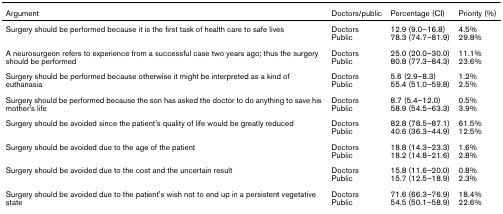
| Argument | Doctors/public | Percentage (CI) | Priority (%) |
 | --- | --- | --- | --- |
 | Surgery should be performed because it is the first task of health care to safe lives | DoctorsPublic | 12.9 (9.0–16.8)78.3 (74.7–81.9) | 4.5%29.8% |
 | A neurosurgeon refers to experience from a successful case two years ago; thus the surgery should be performed | DoctorsPublic | 25.0 (20.0–30.0)80.8 (77.3–84.3) | 11.1%23.6% |
 | Surgery should be performed because otherwise it might be interpreted as a kind of euthanasia | DoctorsPublic | 5.6 (2.9–8.3)55.4 (51.0–59.8) | 1.2%2.5% |
 | Surgery should be performed because the son has asked the doctor to do anything to save his mother's life | DoctorsPublic | 8.7 (5.4–12.0)58.9 (54.5–63.3) | 0.5%3.9% |
 | Surgery should be avoided since the patient's quality of life would be greatly reduced | DoctorsPublic | 82.8 (78.5–87.1)40.6 (36.3–44.9) | 61.5%12.5% |
 | Surgery should be avoided due to the age of the patient | DoctorsPublic | 18.8 (14.3–23.3)18.2 (14.8–21.6) | 1.6%2.8% |
 | Surgery should be avoided due to the cost and the uncertain result | DoctorsPublic | 15.8 (11.6–20.0)15.7 (12.5–18.9) | 0.8%2.3% |
 | Surgery should be avoided due to the patient's wish not to end up in a persistent vegetative state | DoctorsPublic | 71.6 (66.3–76.9)54.5 (50.1–58.9) | 18.4%22.6% |